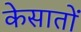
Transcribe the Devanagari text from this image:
केसातों